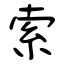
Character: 索